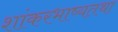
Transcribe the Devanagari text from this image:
शांकरभाष्यतथा